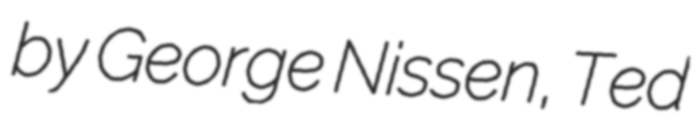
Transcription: by George Nissen, Ted